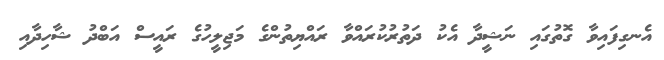
އެނގިފައިވާ ގޮތުގައި ނަޝީދާ އެކު ދަތުރުކުރައްވާ ރައްޔިތުންގެ މަޖިލީހުގެ ރައީސް އަބްދު ޝާހިދާއި